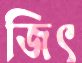
জিৎ